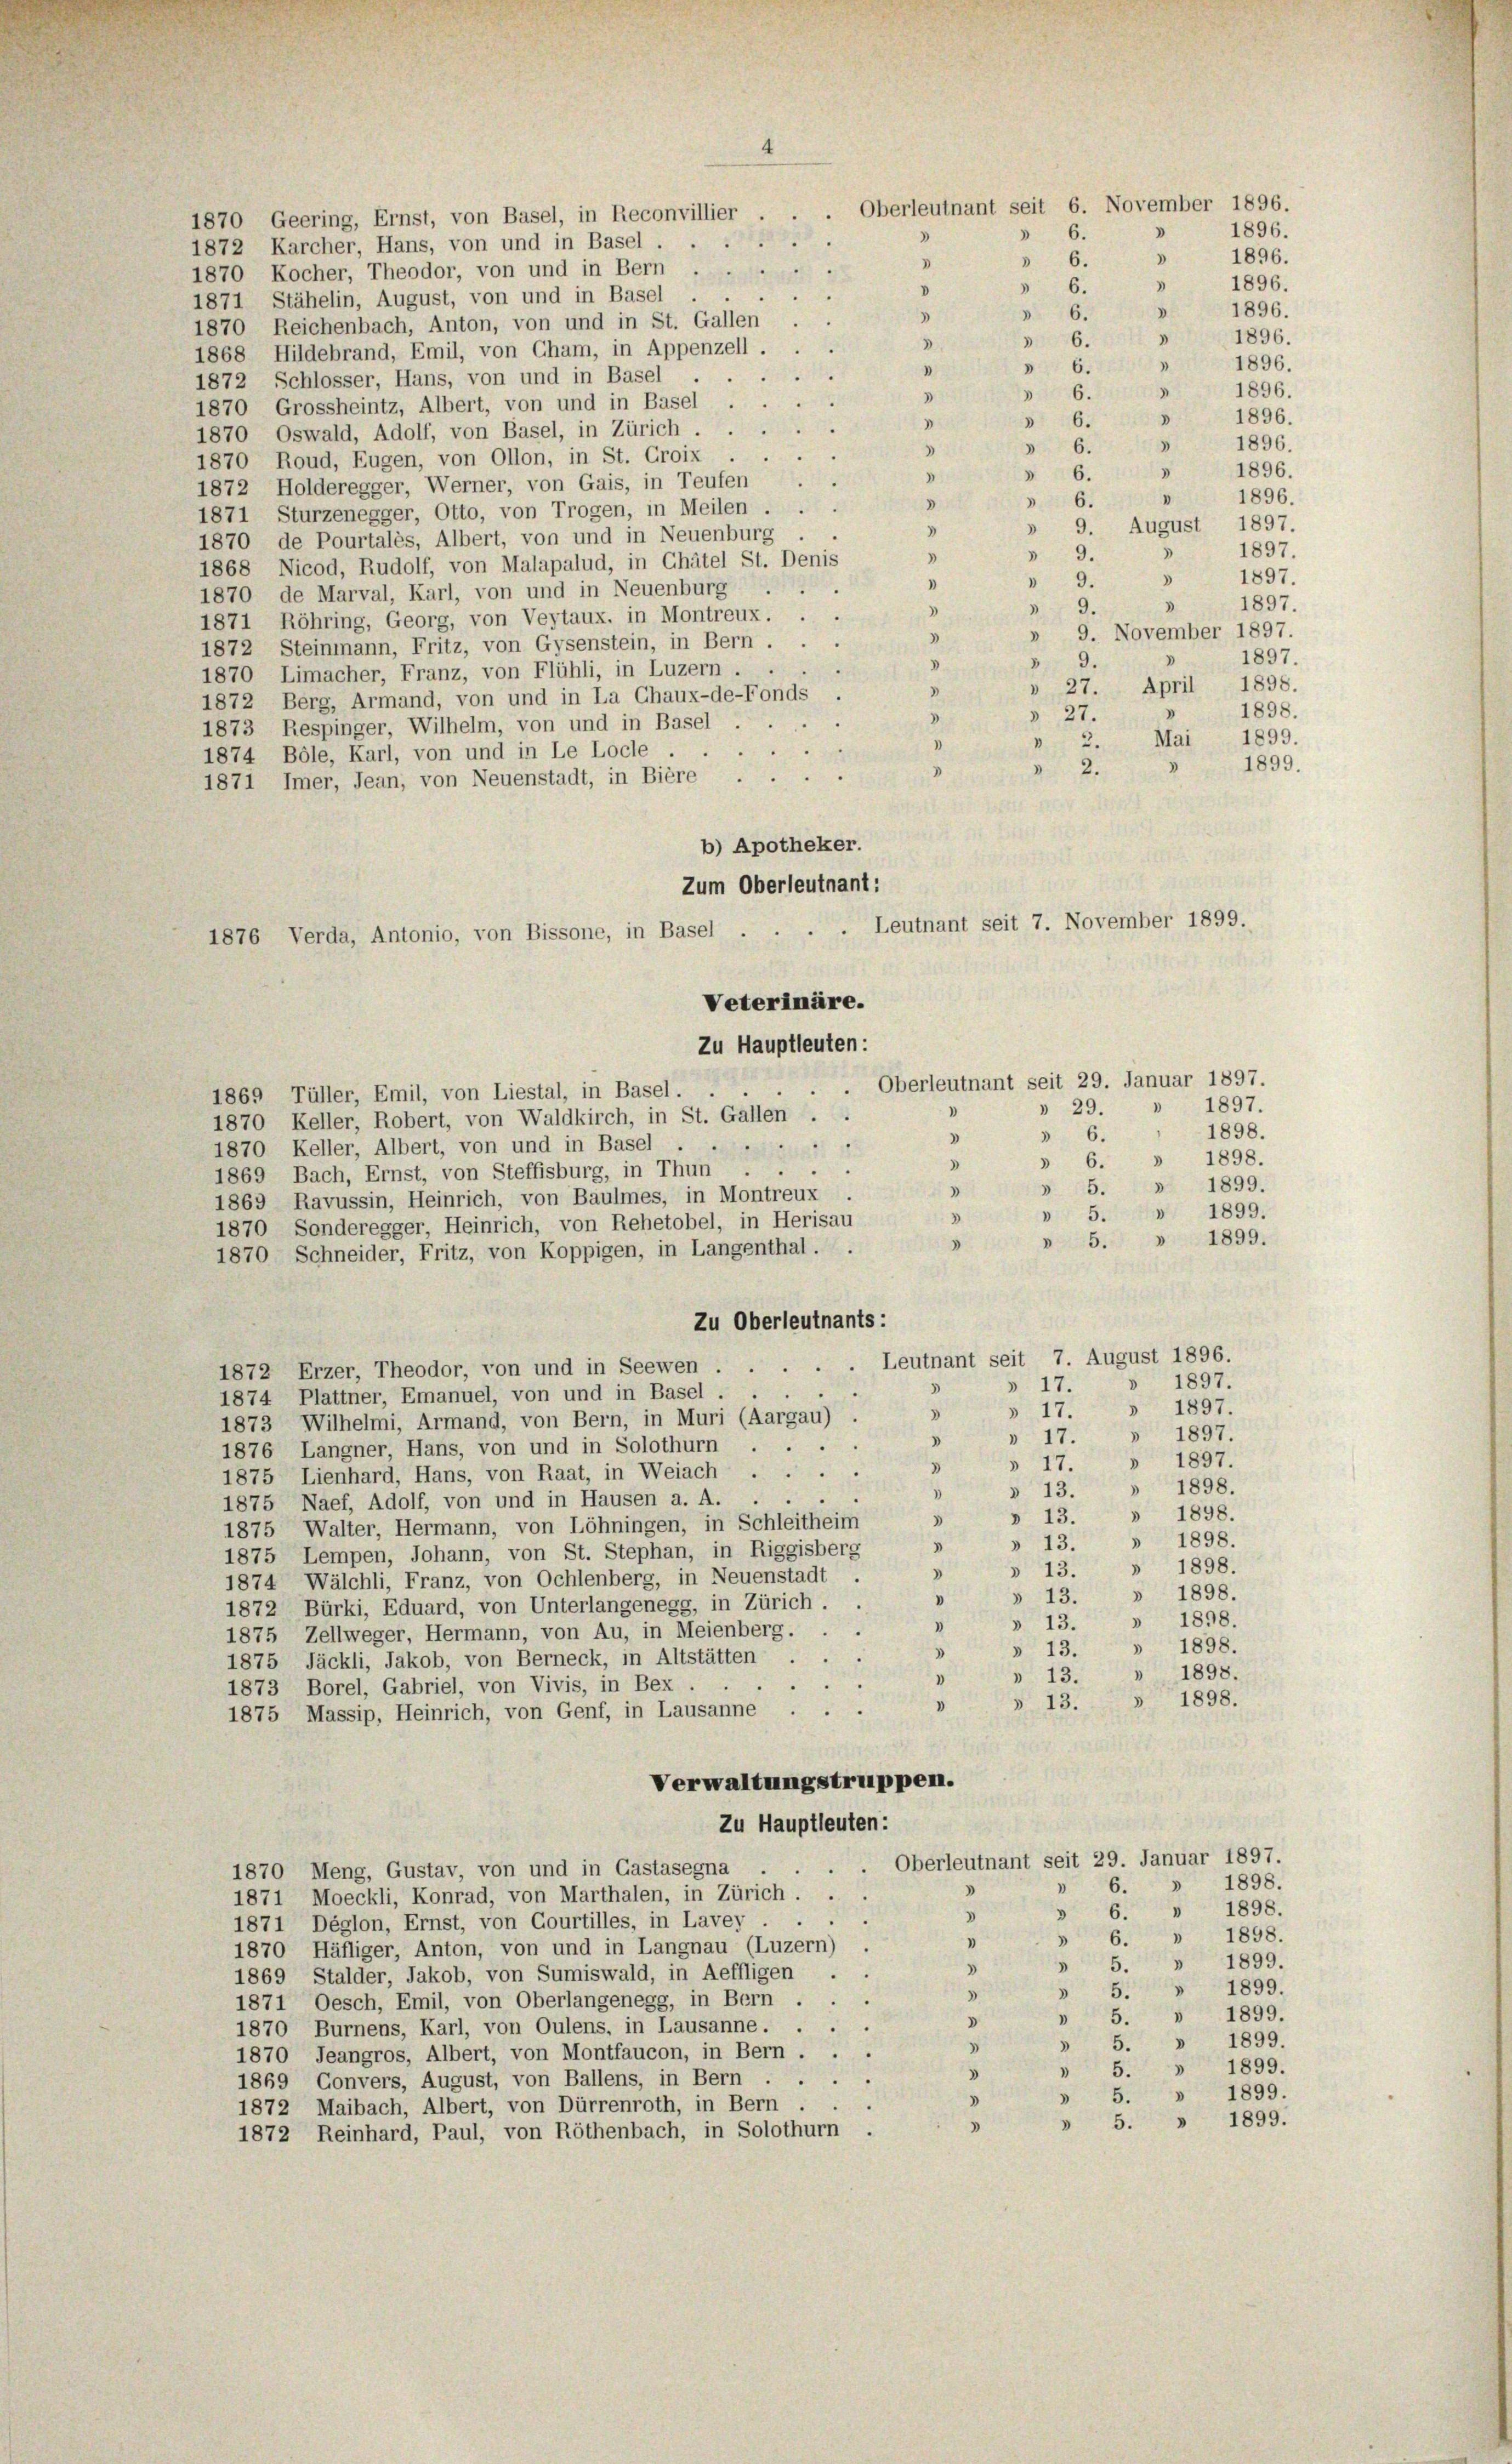
1872 Schlosser, Hans, von und in Basel . .
1870, Grossheintz, Albert, von und in Basel.
D
 6.
1870 Oswald, Adolf, von Basel, in Zürich
 6.
3
.
1870 Roud, Eugen, von Ollon, in St. Croix ..
 6.
D
1872 Holderegger, Werner, von Gais, in Teufen
 6.
D
1871 Sturzenegger, Otto, von Trogen, in Meilen ...
V
.
1870 de Pourtales, Albert, von und in Neuenburg
 9.
3
1868 Nicod, Rudolf, von Malapalud, in Chätel St. Denis
 9.
1
1870 de Marval, Karl, von und in Neuenburg
 9.
3
a
1871 Röhring, Georg, von Veytaux, in Montreux.
D
1872 Steinmann, Fritz, von Gysenstein, in Bern ...
9.
1870 Limacher, Franz, von Flühli, in Luzern.
1872 Berg, Armand, von und in La Chaux-de-Fonds
§ 27.
1873 Respinger, Wilhelm, von und in Basel.
 2.
1874 Böle, Karl, von und in Le Locle .
1899.
3
 2.
3
1871 Imer, Jean, von Neuenstadt, in Bière.
b) Apotheker.
Zum Oberleutnant:
Veterinäre.
Zu Hauptleuten:
.
u
1869 Tüller, Emil, von Liestal, in Basel.
» 29. » 1897.
1870 Keller, Robert, von Waldkirch, in St. Gallen . .
1898.
 6.
.
18
1870 Keller, Albert, von und in Basel
» 6. » 1898.
)
.
1869 Bach, Ernst, von Steffisburg, in Thun
» 5. » 1899.
3
1869 Ravussin, Heinrich, von Baulmes, in Montreux
» 5. » 1899.
3
1870, Sonderegger, Heinrich, von Rehetobel, in Herisau
» 5. » 1899.
.
1870 Schneider, Fritz, von Koppigen, in Langenthal . .
Zu Oberleutnants:
Leutnant seit 7. August 1896.
1872 Erzer, Theodor, von und in Seewen ...
» 1897.
» 17.
3
1874 Plattner, Emanuel, von und in Basel ...
» 17. » 1897.
3
1873 Wilhelmi, Armand, von Bern, in Muri (Aargau) .
» 17. " 1897.
3
.
1876 Langner, Hans, von und in Solothurn
» 17. » 1897
D
1875 Lienhard, Hans, von Raat, in Weiach ...
1898.
)
» 13.
)
1875 Naef, Adolf, von und in Hausen a. A. .
» 13. » 1898.
3
1875, Walter, Hermann, von Löhningen, in Schleitheim
» 13. » 1898.
3
1875 Lempen, Johann, von St. Stephan, in Riggisberg
» 13. » 1898.
3
1874 Wälchli, Franz, von Oehlenberg, in Neuenstadt
» 13. » 1898.
1872 Bürki, Eduard, von Unterlangenegg, in Zürich . .
» 1898.
*
» 13.
1875 Zellweger, Hermann, von Au, in Meienberg. . .
» 13. » 1898.
3
1875 Jäckli, Jakob, von Berneck, in Altstätten . .
1898.
1
» 13.
"
1873 Borel, Gabriel, von Vivis, in Bex . .
» 13. » 1898.
D
1875 Massip, Heinrich, von Genf, in Lausanne ...
Verwaltungstruppen.
Zu Hauptleuten:
Oberleutnant seit 29. Januar 1897.
1870 Meng, Gustav, von und in Gastasegna . ..
» 1898.
)
6.
)
1871 Moeckli, Konrad, von Marthalen, in Zürich.
» 6. » 1898.
d
1871 Déglon, Ernst, von Courtilles, in Lavey
 6. » 1898.
1
1870 Häfliger, Anton, von und in Langnau (Luzern)
» 5. » 1899.
)
1869 Stalder, Jakob, von Sumiswald, in Aeffligen
» 5. » 1899.
.
1871 Oesch, Emil, von Oberlangenegg, in Bern ...
 5. » 1899.
d
1870 Burnens, Karl, von Oulens, in Lausanne. . .
5. » 1899.
3
3
1870 Jeangros, Albert, von Montfaucon, in Bern ...
» 5. » 1899.
3
1869 Gonvers, August, von Ballens, in Bern . .
» 5. » 1899.
.
1872 Maibach, Albert, von Dürrenroth, in Bern.
» 5. » 1899.
3
1872 Reinhard, Paul, von Röthenbach, in Solothurn

1870 Geering, Ernst, von Basel, in Reconvillier
1872 Karcher, Hans, von und in Basel
1870 Kocher, Theodor, von und in Bern
1871 Stähelin, August, von und in Basel
1870 Reichenbach, Anton, von und in St. Gallen
1868 Hildebrand, Emil, von Cham, in Appenzell.

1876 Verda, Antonio, von Bissone, in Basel

Oberleutnant seit 6. November 1896.
d
 6.
.
.
 6.
V
)
 6.
V
3
3
 6.
d
d
 6.
3
,
1
 6.
)
 6.
3

4

Leutnant seit 7. November 1899.

Oberleutnant seit 29. Januar 1897.

1896.
1896.
1896.
1896.
1896.
1896.
1896.
1896.
D
1896.
.
1896.
3
1896.
»
» 9. August 1897.
1897.
3
1897.
3
1897.
9. November 1897.
1897.
» 27. April 1898.
1898.
1899.
Mai